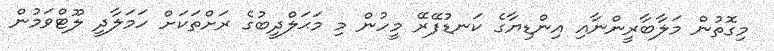
މިގޮތުން މަލާބާރީންނާއި އިންޑިޔާގެ ކަނޑުފޭރޭ މީހުން މި މަޙަލްދީބުގެ ރަށްތަކަށް ހަމަލާދީ ލޫޓްވަމުން